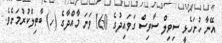
އޭނާ ހުށަހެޅީ ސިވިލް ސާވިސް ގަވައިދުގެ 160 ވަނަ މާއްދާގެ (ހ) ބާތިލްކުރުމަށެވެ.